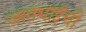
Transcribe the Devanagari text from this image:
जातभाईंची